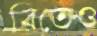
বিতেও